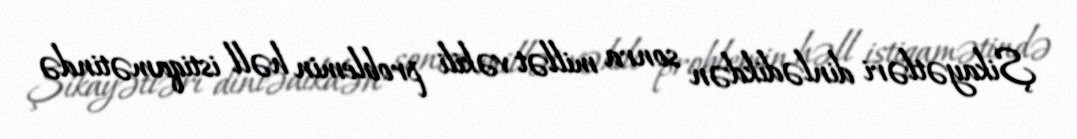
Şikayətləri dinlədikdən sonra millət vəkili problemin həll istiqamətində